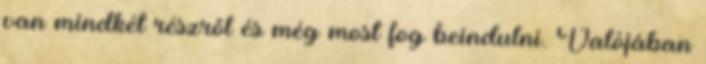
van mindkét részről és még most fog beindulni. Valójában